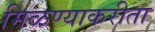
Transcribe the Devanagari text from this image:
मिळण्याकरीता